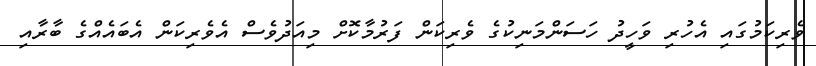
ވެރިކަމުގައި އެހުރި ވަހީދު ހަސަންމަނިކުގެ ވެރިކަން ފަރުމާކޮށް މިއަދުވެސް އެވެރިކަން އެބައެއްގެ ބާރާއި